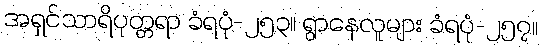
အရှင်သာရိပုတ္တရာ ခံရပုံ-၂၅၃။ ရွာနေလူများ ခံရပုံ-၂၅၇။